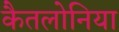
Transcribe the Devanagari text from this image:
कैतलोनिया